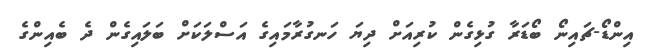
އިންޑޯ-ޗައިނޯ ބޯޑަރާ ގުޅިގެން ކުރިއަށް ދިޔަ ހަނގުރާމައިގެ އަސްލަކަށް ބަލައިގެން ދެ ބެއިންގެ